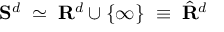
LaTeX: { \bf S } ^ { d } \; \simeq \; { \bf R } ^ { d } \cup \{ \infty \} \; \equiv \; \hat { { \bf R } } ^ { d }